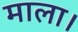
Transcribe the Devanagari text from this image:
माला।